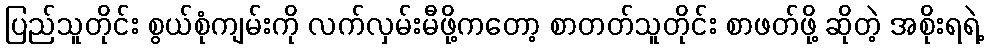
ပြည်သူတိုင်း စွယ်စုံကျမ်းကို လက်လှမ်းမီဖို့ကတော့ စာတတ်သူတိုင်း စာဖတ်ဖို့ ဆိုတဲ့ အစိုးရရဲ့